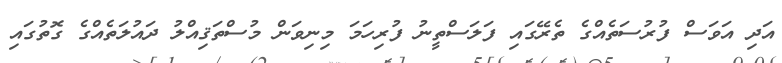
އަދި އަވަސް ފުރުސަތެއްގެ ތެރޭގައި ފަލަސްތީނު ފުރިހަމަ މިނިވަން މުސްތަޤިއްލު ދައުލަތެއްގެ ގޮތުގައި